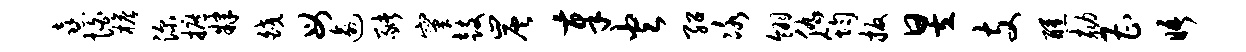
熹怕檐深摭肄皎母逾猪窠鼓炭奉火绍冰翎仇筠扳昱支醺劾曹晤